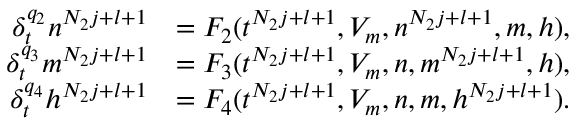
\begin{array} { r l } { \delta _ { t } ^ { q _ { 2 } } n ^ { N _ { 2 } j + l + 1 } } & { = F _ { 2 } ( t ^ { N _ { 2 } j + l + 1 } , V _ { m } , n ^ { N _ { 2 } j + l + 1 } , m , h ) , } \\ { \delta _ { t } ^ { q _ { 3 } } m ^ { N _ { 2 } j + l + 1 } } & { = F _ { 3 } ( t ^ { N _ { 2 } j + l + 1 } , V _ { m } , n , m ^ { N _ { 2 } j + l + 1 } , h ) , } \\ { \delta _ { t } ^ { q _ { 4 } } h ^ { N _ { 2 } j + l + 1 } } & { = F _ { 4 } ( t ^ { N _ { 2 } j + l + 1 } , V _ { m } , n , m , h ^ { N _ { 2 } j + l + 1 } ) . } \end{array}